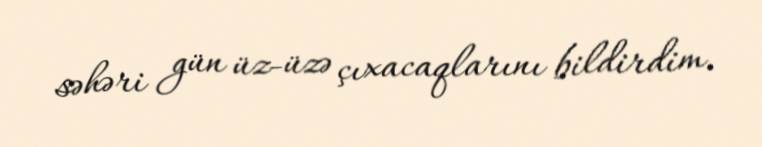
səhəri gün üz-üzə çıxacaqlarını bildirdim.